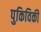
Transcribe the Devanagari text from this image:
पुकिविकी